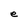
Character: e